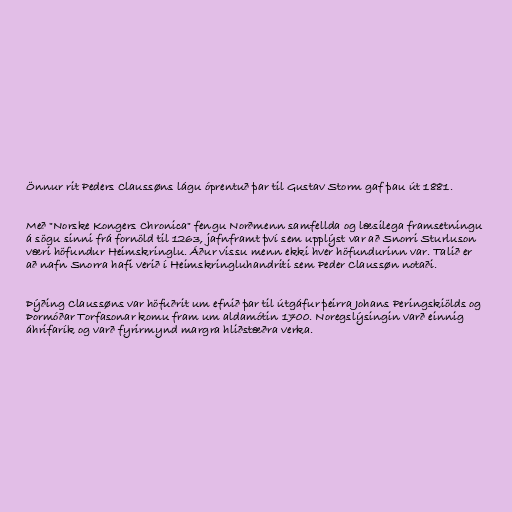
Önnur rit Peders Claussøns lágu óprentuð þar til Gustav Storm gaf þau út 1881.

Með "Norske Kongers Chronica" fengu Norðmenn samfellda og læsilega framsetningu
á sögu sinni frá fornöld til 1263, jafnframt því sem upplýst var að Snorri Sturluson
væri höfundur Heimskringlu. Áður vissu menn ekki hver höfundurinn var. Talið er
að nafn Snorra hafi verið í Heimskringluhandriti sem Peder Claussøn notaði.

Þýðing Claussøns var höfuðrit um efnið þar til útgáfur þeirra Johans Peringskiölds og
Þormóðar Torfasonar komu fram um aldamótin 1700. Noregslýsingin varð einnig
áhrifarík og varð fyrirmynd margra hliðstæðra verka.